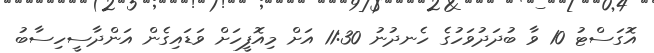
އޮގަސްޓު 10 ވާ ބުދަދުވަހުގެ ހެނދުނު 11:30 އަށް މިއޮފީހަށް ވަޑައިގެން އަންދާސީހިސާބު